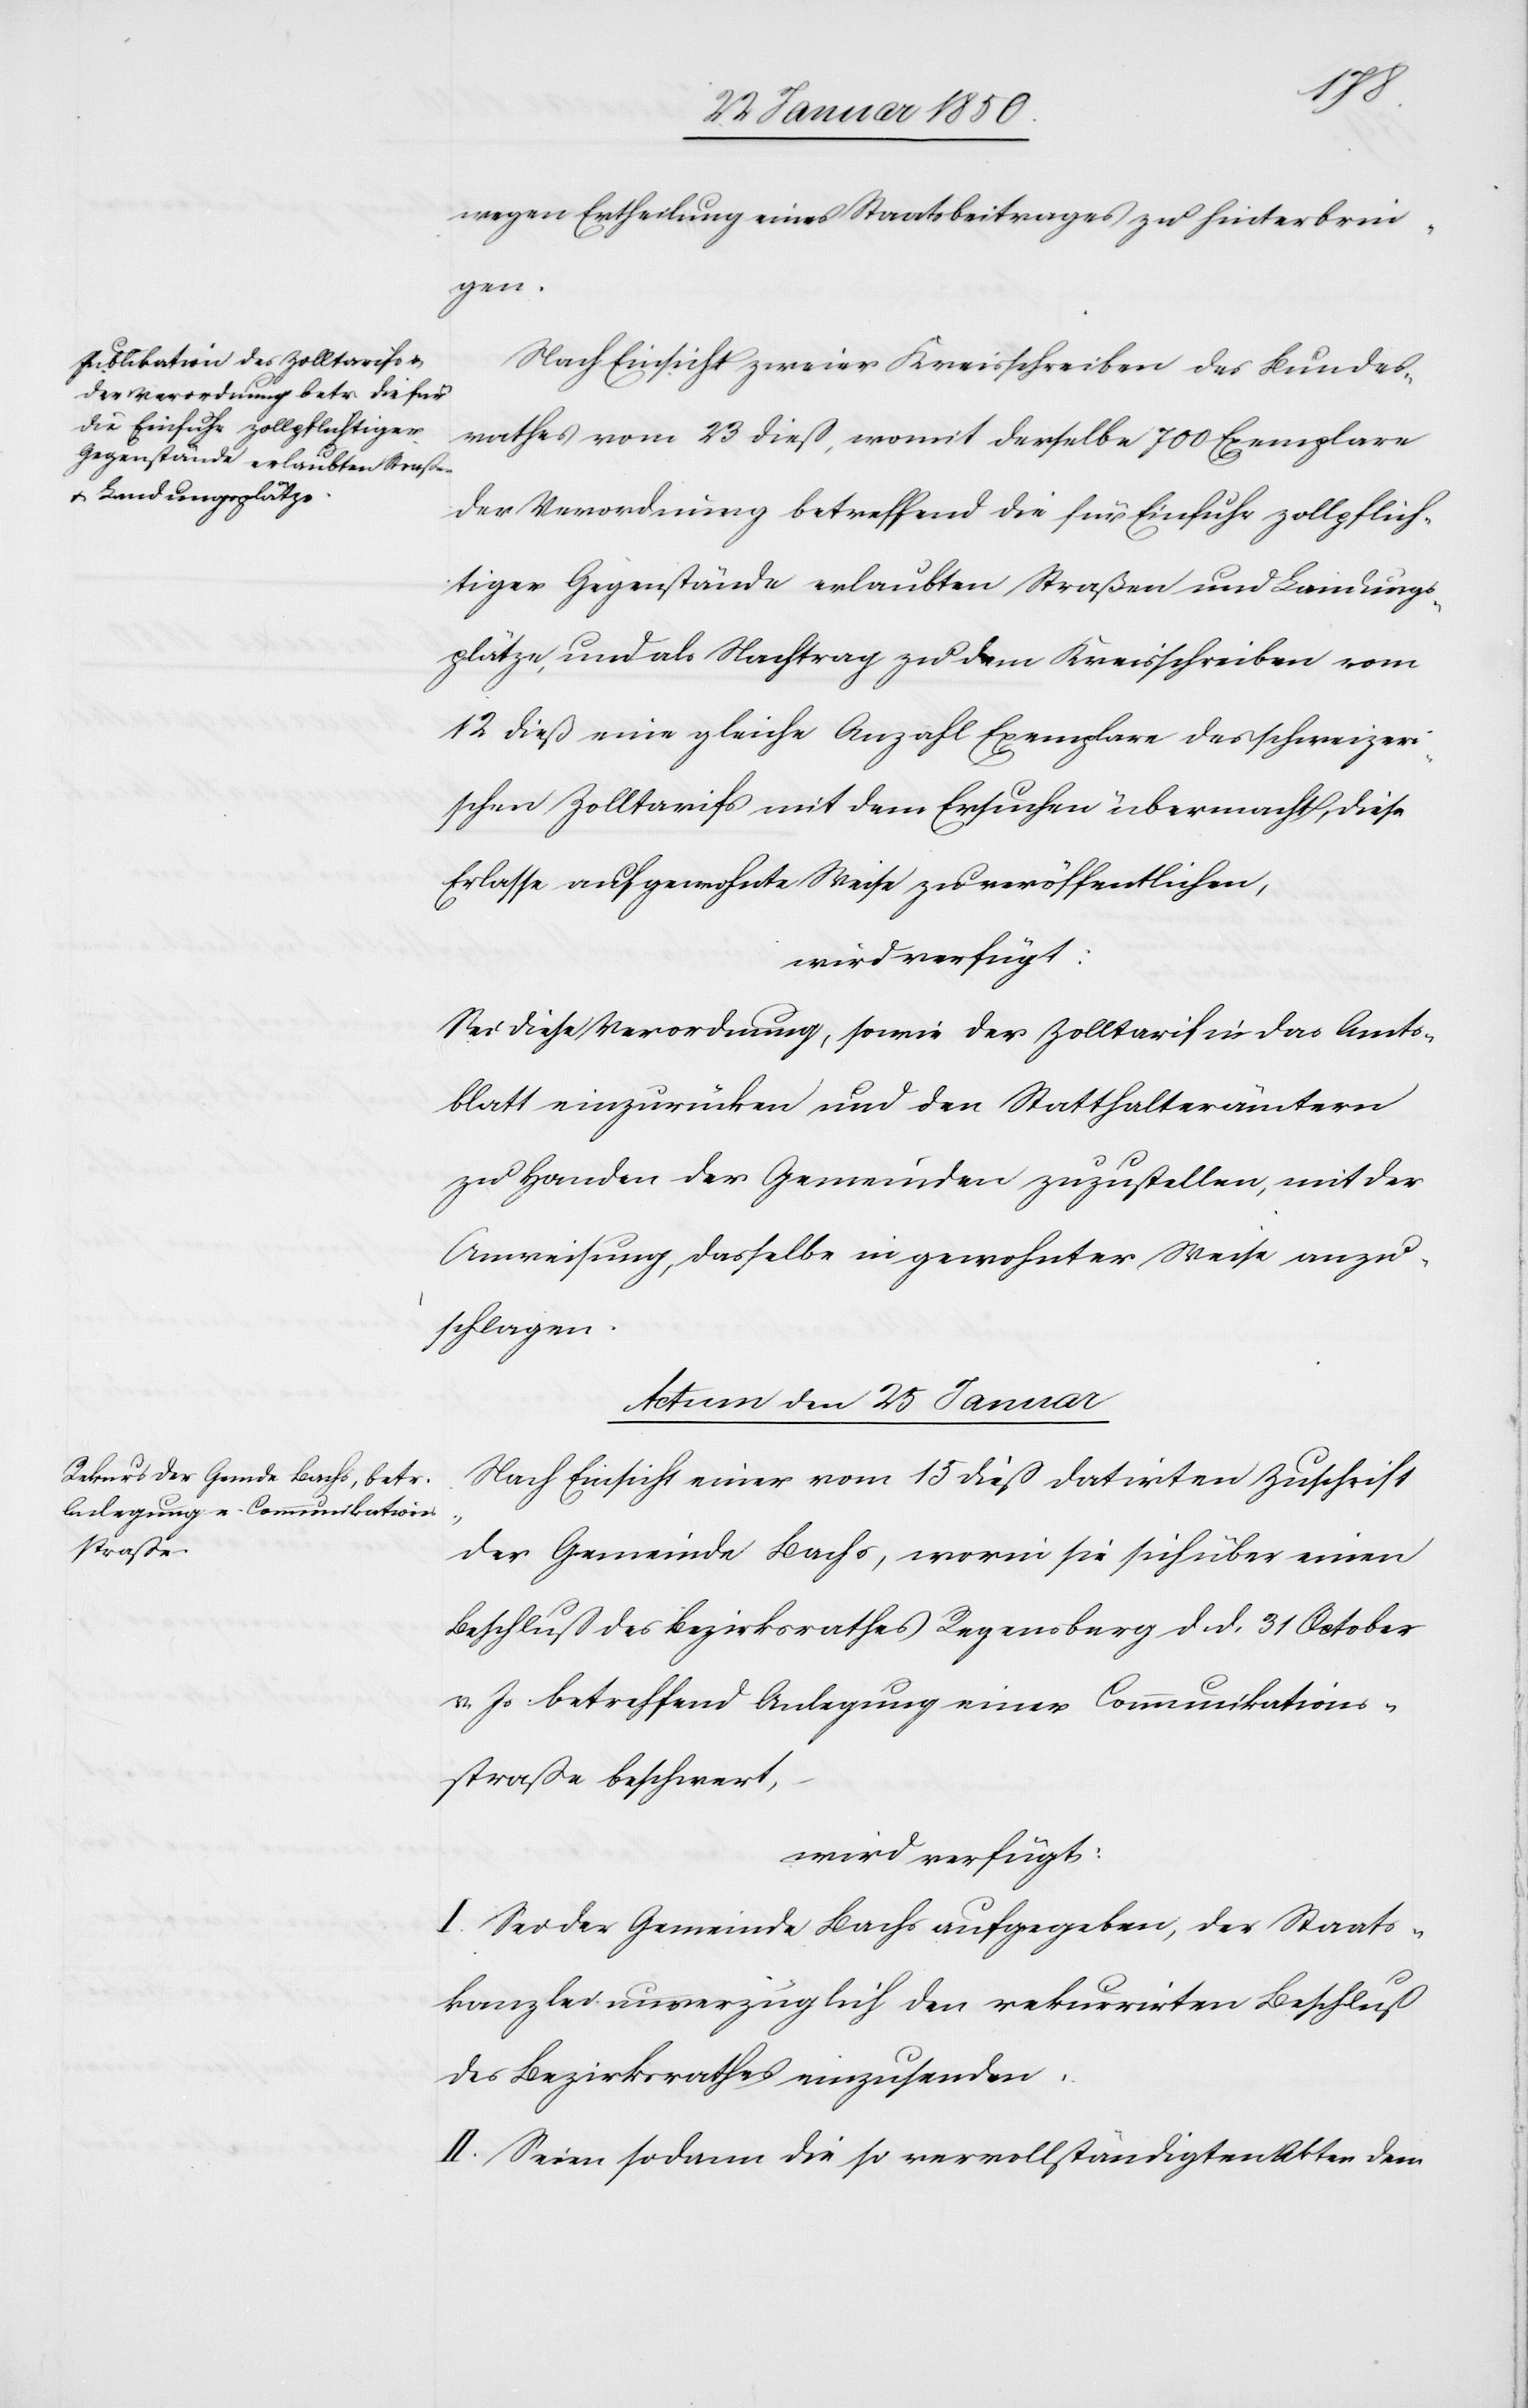
wegen Ertheilung eines Staatsbeitrages zu hinterbrin¬
gen.
Nach Einsicht zweier Kreisschreiben des Bundes¬
rathes vom 23 dieß, womit derselbe 700 Exemplare
der Verordnung betreffend die für Einfuhr zollpflich¬
tiger Gegenstände erlaubten Straßen und Landungs¬
plätze, und als Nachtrag zu dem Kreisschreiben vom
12 dieß eine gleiche Anzahl Exemplare des schweizeri¬
schen Zolltarifs mit dem Ersuchen übermacht, diese
Erlasse auf gewohnte Weise zu veröffentlichen,
wird verfügt:
Sie diese Verordnung, sowie der Zolltarif in das Amts¬
blatt einzurücken und den Statthalterämtern
zu Handen der Gemeinden zuzustellen, mit der
Anweisung, dasselbe in gewohnter Weise anzu¬
schlagen.
Actum den 25 Januar
Nach Einsicht einer vom 15 dieß datirten Zuschrift
der Gemeinde Bachs, worin sie sich über einen
Beschluß des Bezirksrathes Regensberg d. d. 31 October
v. Js. betreffend Anlegung einer Communikations¬
straße beschwert,
wird verfügt:
I. Sei der Gemeinde Bachs aufgegeben, der Staats¬
kanzlei unverzüglich den rekurrirten Beschluß
des Bezirksrathes einzusenden.
II. Seien sodann die so vervollständigten Akten dem